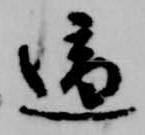
適